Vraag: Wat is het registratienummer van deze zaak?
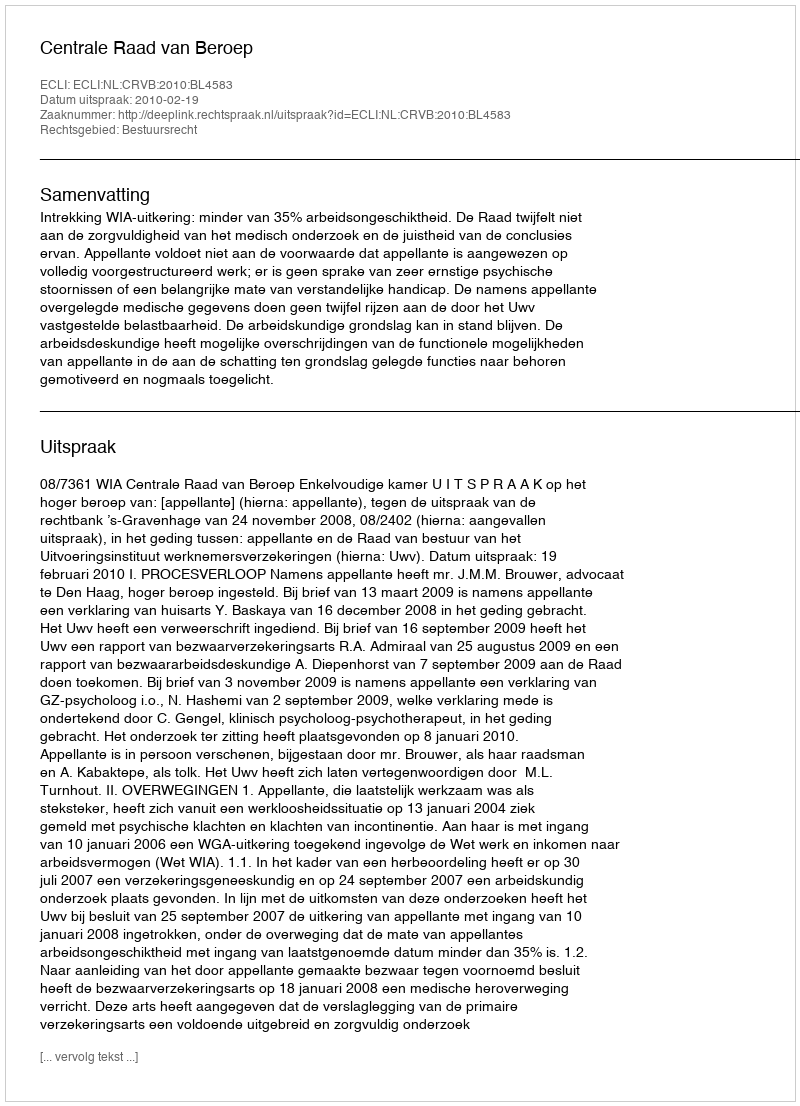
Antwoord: http://deeplink.rechtspraak.nl/uitspraak?id=ECLI:NL:CRVB:2010:BL4583